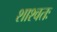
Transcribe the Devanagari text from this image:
शाश्वतः